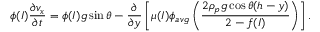
\phi ( I ) \frac { \partial v _ { x } } { \partial t } = \phi ( I ) g \sin \theta - \frac { \partial } { \partial y } \left[ \mu ( I ) \phi _ { a v g } \left( \frac { 2 \rho _ { p } g \cos \theta ( h - y ) } { 2 - f ( I ) } \right) \right] .